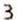
3